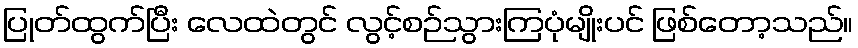
ပြုတ်ထွက်ပြီး လေထဲတွင် လွင့်စဉ်သွားကြပုံမျိုးပင် ဖြစ်တော့သည်။